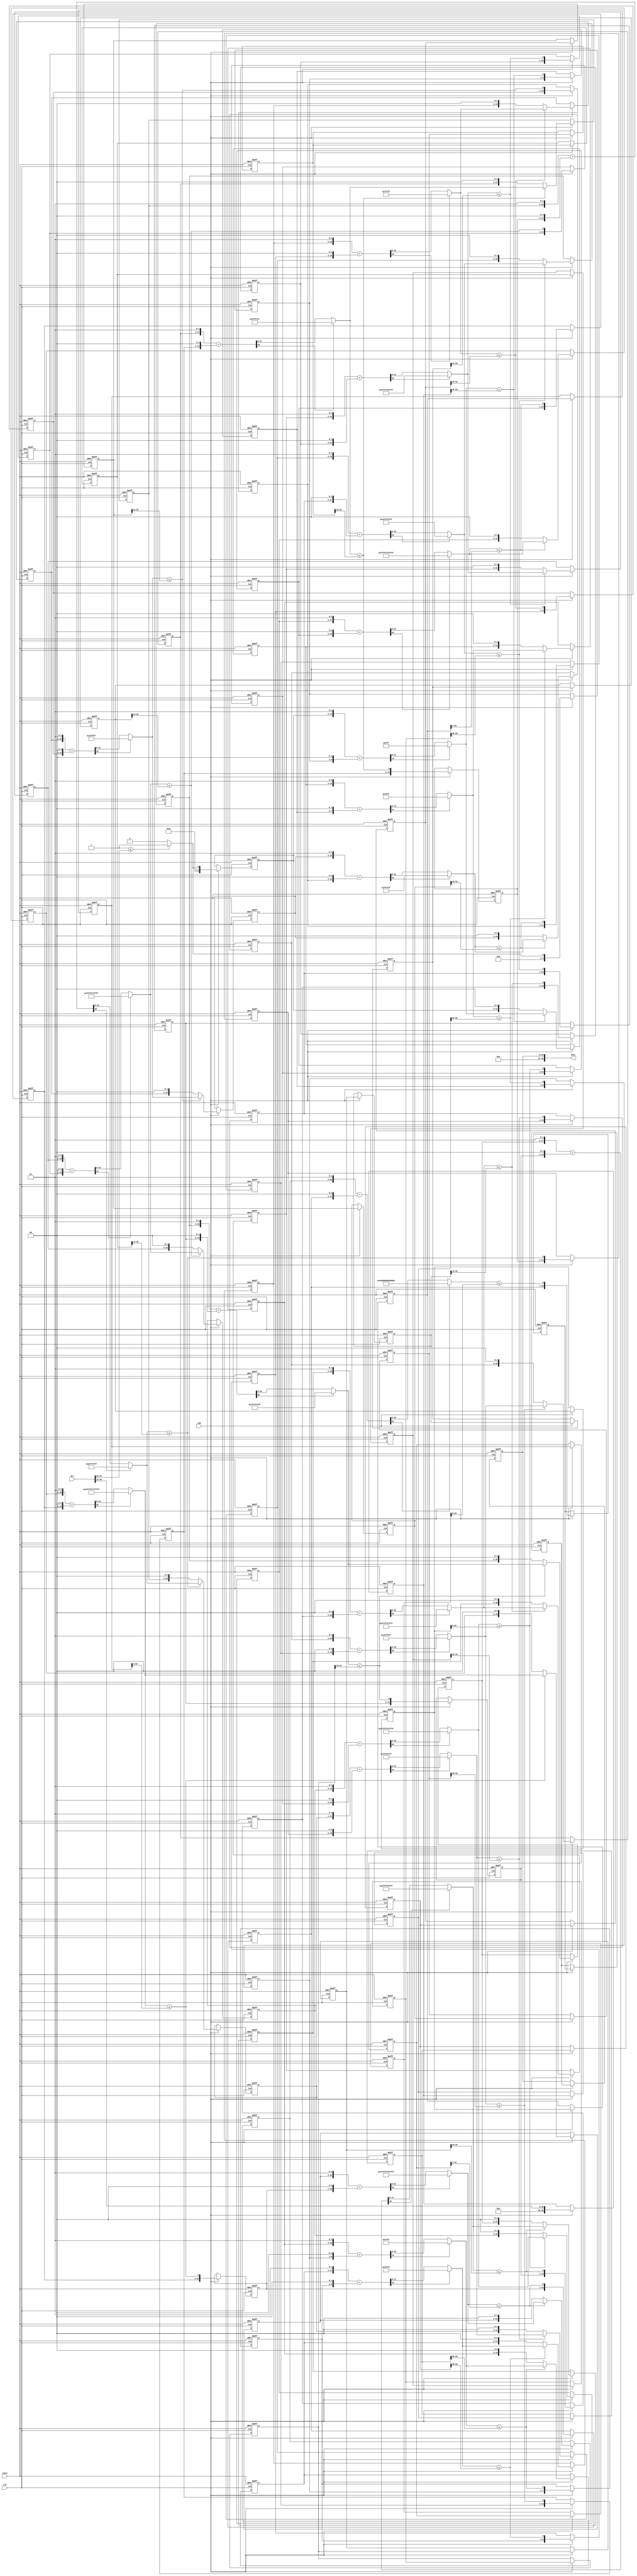
// -------------------------------------------------------------
// 
// 
// Generated by MATLAB 9.12 and HDL Coder 3.20
// 
// -------------------------------------------------------------


// -------------------------------------------------------------
// 
// Module: Sqrt
// Source Path: calk/CALC_MAGNITUDE_AND_PHASE_FIXED/Sqrt
// Hierarchy Level: 1
// 
// -------------------------------------------------------------

`timescale 1 ns / 1 ns

module Sqrt
          (clk,
           reset,
           enb,
           din,
           dout);


  input   clk;
  input   reset;
  input   enb;
  input   [64:0] din;  // ufix65_En55
  output  signed [32:0] dout;  // sfix33_En18


  wire [9:0] Root_Square4_temp1;  // ufix10
  wire [65:0] resizedin;  // ufix66_En36
  wire [65:0] resizedin_temp;  // ufix66
  wire [9:0] din_temp_0;  // ufix10
  wire relop_relop1;
  wire [4:0] root_0_temp0;  // ufix5
  wire [4:0] root_0_temp1;  // ufix5
  wire [4:0] Root_0;  // ufix5
  reg [4:0] currentRoot1_p;  // ufix5
  wire [9:0] Root_Square4_temp0;  // ufix10
  wire [9:0] Root_Square0;  // ufix10
  reg [9:0] currentRoot_Square1_p;  // ufix10
  wire [1:0] constant_01;  // ufix2
  wire [11:0] prevRoot_Square_extend1;  // ufix12
  wire [1:0] constant_01_1;  // ufix2
  wire [6:0] prevRoot_extend1;  // ufix7
  wire [12:0] adder_add_temp;  // ufix13
  wire [12:0] adder_1;  // ufix13
  wire [12:0] adder_2;  // ufix13
  wire [11:0] Root_Square5_temp1;  // ufix12
  reg [65:0] resizedin1_p;  // ufix66
  wire [11:0] din_temp_1;  // ufix12
  wire relop_relop1_1;
  wire [5:0] Root_1;  // ufix6
  reg [5:0] currentRoot2_p;  // ufix6
  wire [11:0] Root_Square5_temp0;  // ufix12
  wire [11:0] Root_Square1;  // ufix12
  reg [11:0] currentRoot_Square2_p;  // ufix12
  wire [1:0] constant_02;  // ufix2
  wire [13:0] prevRoot_Square_extend2;  // ufix14
  wire [1:0] constant_02_1;  // ufix2
  wire [7:0] prevRoot_extend2;  // ufix8
  wire [14:0] adder_add_temp_1;  // ufix15
  wire [14:0] adder_4;  // ufix15
  wire [14:0] adder_5;  // ufix15
  wire [13:0] Root_Square6_temp1;  // ufix14
  reg [65:0] resizedin2_p;  // ufix66
  wire [13:0] din_temp_2;  // ufix14
  wire relop_relop1_2;
  wire [6:0] Root_2;  // ufix7
  reg [6:0] currentRoot3_p;  // ufix7
  wire [13:0] Root_Square6_temp0;  // ufix14
  wire [13:0] Root_Square2;  // ufix14
  reg [13:0] currentRoot_Square3_p;  // ufix14
  wire [1:0] constant_03;  // ufix2
  wire [15:0] prevRoot_Square_extend3;  // ufix16
  wire [1:0] constant_03_1;  // ufix2
  wire [8:0] prevRoot_extend3;  // ufix9
  wire [16:0] adder_add_temp_2;  // ufix17
  wire [16:0] adder_7;  // ufix17
  wire [16:0] adder_8;  // ufix17
  wire [15:0] Root_Square7_temp1;  // ufix16
  reg [65:0] resizedin3_p;  // ufix66
  wire [15:0] din_temp_3;  // ufix16
  wire relop_relop1_3;
  wire [7:0] Root_3;  // ufix8
  reg [7:0] currentRoot4_p;  // ufix8
  wire [15:0] Root_Square7_temp0;  // ufix16
  wire [15:0] Root_Square3;  // ufix16
  reg [15:0] currentRoot_Square4_p;  // ufix16
  wire [1:0] constant_04;  // ufix2
  wire [17:0] prevRoot_Square_extend4;  // ufix18
  wire [1:0] constant_04_1;  // ufix2
  wire [9:0] prevRoot_extend4;  // ufix10
  wire [18:0] adder_add_temp_3;  // ufix19
  wire [18:0] adder_10;  // ufix19
  wire [18:0] adder_11;  // ufix19
  wire [17:0] Root_Square8_temp1;  // ufix18
  reg [65:0] resizedin4_p;  // ufix66
  wire [17:0] din_temp_4;  // ufix18
  wire relop_relop1_4;
  wire [8:0] Root_4;  // ufix9
  reg [8:0] currentRoot5_p;  // ufix9
  wire [17:0] Root_Square8_temp0;  // ufix18
  wire [17:0] Root_Square4;  // ufix18
  reg [17:0] currentRoot_Square5_p;  // ufix18
  wire [1:0] constant_05;  // ufix2
  wire [19:0] prevRoot_Square_extend5;  // ufix20
  wire [1:0] constant_05_1;  // ufix2
  wire [10:0] prevRoot_extend5;  // ufix11
  wire [20:0] adder_add_temp_4;  // ufix21
  wire [20:0] adder_13;  // ufix21
  wire [20:0] adder_14;  // ufix21
  wire [19:0] Root_Square9_temp1;  // ufix20
  reg [65:0] resizedin5_p;  // ufix66
  wire [19:0] din_temp_5;  // ufix20
  wire relop_relop1_5;
  wire [9:0] Root_5;  // ufix10
  reg [9:0] currentRoot6_p;  // ufix10
  wire [19:0] Root_Square9_temp0;  // ufix20
  wire [19:0] Root_Square5;  // ufix20
  reg [19:0] currentRoot_Square6_p;  // ufix20
  wire [1:0] constant_06;  // ufix2
  wire [21:0] prevRoot_Square_extend6;  // ufix22
  wire [1:0] constant_06_1;  // ufix2
  wire [11:0] prevRoot_extend6;  // ufix12
  wire [22:0] adder_add_temp_5;  // ufix23
  wire [22:0] adder_16;  // ufix23
  wire [22:0] adder_17;  // ufix23
  wire [21:0] Root_Square10_temp1;  // ufix22
  reg [65:0] resizedin6_p;  // ufix66
  wire [21:0] din_temp_6;  // ufix22
  wire relop_relop1_6;
  wire [10:0] Root_6;  // ufix11
  reg [10:0] currentRoot7_p;  // ufix11
  wire [21:0] Root_Square10_temp0;  // ufix22
  wire [21:0] Root_Square6;  // ufix22
  reg [21:0] currentRoot_Square7_p;  // ufix22
  wire [1:0] constant_07;  // ufix2
  wire [23:0] prevRoot_Square_extend7;  // ufix24
  wire [1:0] constant_07_1;  // ufix2
  wire [12:0] prevRoot_extend7;  // ufix13
  wire [24:0] adder_add_temp_6;  // ufix25
  wire [24:0] adder_19;  // ufix25
  wire [24:0] adder_20;  // ufix25
  wire [23:0] Root_Square11_temp1;  // ufix24
  reg [65:0] resizedin7_p;  // ufix66
  wire [23:0] din_temp_7;  // ufix24
  wire relop_relop1_7;
  wire [11:0] Root_7;  // ufix12
  reg [11:0] currentRoot8_p;  // ufix12
  wire [23:0] Root_Square11_temp0;  // ufix24
  wire [23:0] Root_Square7;  // ufix24
  reg [23:0] currentRoot_Square8_p;  // ufix24
  wire [1:0] constant_08;  // ufix2
  wire [25:0] prevRoot_Square_extend8;  // ufix26
  wire [1:0] constant_08_1;  // ufix2
  wire [13:0] prevRoot_extend8;  // ufix14
  wire [26:0] adder_add_temp_7;  // ufix27
  wire [26:0] adder_22;  // ufix27
  wire [26:0] adder_23;  // ufix27
  wire [25:0] Root_Square12_temp1;  // ufix26
  reg [65:0] resizedin8_p;  // ufix66
  wire [25:0] din_temp_8;  // ufix26
  wire relop_relop1_8;
  wire [12:0] Root_8;  // ufix13
  reg [12:0] currentRoot9_p;  // ufix13
  wire [25:0] Root_Square12_temp0;  // ufix26
  wire [25:0] Root_Square8;  // ufix26
  reg [25:0] currentRoot_Square9_p;  // ufix26
  wire [1:0] constant_09;  // ufix2
  wire [27:0] prevRoot_Square_extend9;  // ufix28
  wire [1:0] constant_09_1;  // ufix2
  wire [14:0] prevRoot_extend9;  // ufix15
  wire [28:0] adder_add_temp_8;  // ufix29
  wire [28:0] adder_25;  // ufix29
  wire [28:0] adder_26;  // ufix29
  wire [27:0] Root_Square13_temp1;  // ufix28
  reg [65:0] resizedin9_p;  // ufix66
  wire [27:0] din_temp_9;  // ufix28
  wire relop_relop1_9;
  wire [13:0] Root_9;  // ufix14
  reg [13:0] currentRoot10_p;  // ufix14
  wire [27:0] Root_Square13_temp0;  // ufix28
  wire [27:0] Root_Square9;  // ufix28
  reg [27:0] currentRoot_Square10_p;  // ufix28
  wire [1:0] constant_010;  // ufix2
  wire [29:0] prevRoot_Square_extend10;  // ufix30
  wire [1:0] constant_010_1;  // ufix2
  wire [15:0] prevRoot_extend10;  // ufix16
  wire [30:0] adder_add_temp_9;  // ufix31
  wire [30:0] adder_28;  // ufix31
  wire [30:0] adder_29;  // ufix31
  wire [29:0] Root_Square14_temp1;  // ufix30
  reg [65:0] resizedin10_p;  // ufix66
  wire [29:0] din_temp_10;  // ufix30
  wire relop_relop1_10;
  wire [14:0] Root_10;  // ufix15
  reg [14:0] currentRoot11_p;  // ufix15
  wire [29:0] Root_Square14_temp0;  // ufix30
  wire [29:0] Root_Square10;  // ufix30
  reg [29:0] currentRoot_Square11_p;  // ufix30
  wire [1:0] constant_011;  // ufix2
  wire [31:0] prevRoot_Square_extend11;  // ufix32
  wire [1:0] constant_011_1;  // ufix2
  wire [16:0] prevRoot_extend11;  // ufix17
  wire [32:0] adder_add_temp_10;  // ufix33
  wire [32:0] adder_31;  // ufix33
  wire [32:0] adder_32;  // ufix33
  wire [31:0] Root_Square15_temp1;  // ufix32
  reg [65:0] resizedin11_p;  // ufix66
  wire [31:0] din_temp_11;  // ufix32
  wire relop_relop1_11;
  wire [15:0] Root_11;  // ufix16
  reg [15:0] currentRoot12_p;  // ufix16
  wire [31:0] Root_Square15_temp0;  // ufix32
  wire [31:0] Root_Square11;  // ufix32
  reg [31:0] currentRoot_Square12_p;  // ufix32
  wire [1:0] constant_012;  // ufix2
  wire [33:0] prevRoot_Square_extend12;  // ufix34
  wire [1:0] constant_012_1;  // ufix2
  wire [17:0] prevRoot_extend12;  // ufix18
  wire [34:0] adder_add_temp_11;  // ufix35
  wire [34:0] adder_34;  // ufix35
  wire [34:0] adder_35;  // ufix35
  wire [33:0] Root_Square16_temp1;  // ufix34
  reg [65:0] resizedin12_p;  // ufix66
  wire [33:0] din_temp_12;  // ufix34
  wire relop_relop1_12;
  wire [16:0] Root_12;  // ufix17
  reg [16:0] currentRoot13_p;  // ufix17
  wire [33:0] Root_Square16_temp0;  // ufix34
  wire [33:0] Root_Square12;  // ufix34
  reg [33:0] currentRoot_Square13_p;  // ufix34
  wire [1:0] constant_013;  // ufix2
  wire [35:0] prevRoot_Square_extend13;  // ufix36
  wire [1:0] constant_013_1;  // ufix2
  wire [18:0] prevRoot_extend13;  // ufix19
  wire [36:0] adder_add_temp_12;  // ufix37
  wire [36:0] adder_37;  // ufix37
  wire [36:0] adder_38;  // ufix37
  wire [35:0] Root_Square17_temp1;  // ufix36
  reg [65:0] resizedin13_p;  // ufix66
  wire [35:0] din_temp_13;  // ufix36
  wire relop_relop1_13;
  wire [17:0] Root_13;  // ufix18
  reg [17:0] currentRoot14_p;  // ufix18
  wire [35:0] Root_Square17_temp0;  // ufix36
  wire [35:0] Root_Square13;  // ufix36
  reg [35:0] currentRoot_Square14_p;  // ufix36
  wire [1:0] constant_014;  // ufix2
  wire [37:0] prevRoot_Square_extend14;  // ufix38
  wire [1:0] constant_014_1;  // ufix2
  wire [19:0] prevRoot_extend14;  // ufix20
  wire [38:0] adder_add_temp_13;  // ufix39
  wire [38:0] adder_40;  // ufix39
  wire [38:0] adder_41;  // ufix39
  wire [37:0] Root_Square18_temp1;  // ufix38
  reg [65:0] resizedin14_p;  // ufix66
  wire [37:0] din_temp_14;  // ufix38
  wire relop_relop1_14;
  wire [18:0] Root_14;  // ufix19
  reg [18:0] currentRoot15_p;  // ufix19
  wire [37:0] Root_Square18_temp0;  // ufix38
  wire [37:0] Root_Square14;  // ufix38
  reg [37:0] currentRoot_Square15_p;  // ufix38
  wire [1:0] constant_015;  // ufix2
  wire [39:0] prevRoot_Square_extend15;  // ufix40
  wire [1:0] constant_015_1;  // ufix2
  wire [20:0] prevRoot_extend15;  // ufix21
  wire [40:0] adder_add_temp_14;  // ufix41
  wire [40:0] adder_43;  // ufix41
  wire [40:0] adder_44;  // ufix41
  wire [39:0] Root_Square19_temp1;  // ufix40
  reg [65:0] resizedin15_p;  // ufix66
  wire [39:0] din_temp_15;  // ufix40
  wire relop_relop1_15;
  wire [19:0] Root_15;  // ufix20
  reg [19:0] currentRoot16_p;  // ufix20
  wire [39:0] Root_Square19_temp0;  // ufix40
  wire [39:0] Root_Square15;  // ufix40
  reg [39:0] currentRoot_Square16_p;  // ufix40
  wire [1:0] constant_016;  // ufix2
  wire [41:0] prevRoot_Square_extend16;  // ufix42
  wire [1:0] constant_016_1;  // ufix2
  wire [21:0] prevRoot_extend16;  // ufix22
  wire [42:0] adder_add_temp_15;  // ufix43
  wire [42:0] adder_46;  // ufix43
  wire [42:0] adder_47;  // ufix43
  wire [41:0] Root_Square20_temp1;  // ufix42
  reg [65:0] resizedin16_p;  // ufix66
  wire [41:0] din_temp_16;  // ufix42
  wire relop_relop1_16;
  wire [20:0] Root_16;  // ufix21
  reg [20:0] currentRoot17_p;  // ufix21
  wire [41:0] Root_Square20_temp0;  // ufix42
  wire [41:0] Root_Square16;  // ufix42
  reg [41:0] currentRoot_Square17_p;  // ufix42
  wire [1:0] constant_017;  // ufix2
  wire [43:0] prevRoot_Square_extend17;  // ufix44
  wire [1:0] constant_017_1;  // ufix2
  wire [22:0] prevRoot_extend17;  // ufix23
  wire [44:0] adder_add_temp_16;  // ufix45
  wire [44:0] adder_49;  // ufix45
  wire [44:0] adder_50;  // ufix45
  wire [43:0] Root_Square21_temp1;  // ufix44
  reg [65:0] resizedin17_p;  // ufix66
  wire [43:0] din_temp_17;  // ufix44
  wire relop_relop1_17;
  wire [21:0] Root_17;  // ufix22
  reg [21:0] currentRoot18_p;  // ufix22
  wire [43:0] Root_Square21_temp0;  // ufix44
  wire [43:0] Root_Square17;  // ufix44
  reg [43:0] currentRoot_Square18_p;  // ufix44
  wire [1:0] constant_018;  // ufix2
  wire [45:0] prevRoot_Square_extend18;  // ufix46
  wire [1:0] constant_018_1;  // ufix2
  wire [23:0] prevRoot_extend18;  // ufix24
  wire [46:0] adder_add_temp_17;  // ufix47
  wire [46:0] adder_52;  // ufix47
  wire [46:0] adder_53;  // ufix47
  wire [45:0] Root_Square22_temp1;  // ufix46
  reg [65:0] resizedin18_p;  // ufix66
  wire [45:0] din_temp_18;  // ufix46
  wire relop_relop1_18;
  wire [22:0] Root_18;  // ufix23
  reg [22:0] currentRoot19_p;  // ufix23
  wire [45:0] Root_Square22_temp0;  // ufix46
  wire [45:0] Root_Square18;  // ufix46
  reg [45:0] currentRoot_Square19_p;  // ufix46
  wire [1:0] constant_019;  // ufix2
  wire [47:0] prevRoot_Square_extend19;  // ufix48
  wire [1:0] constant_019_1;  // ufix2
  wire [24:0] prevRoot_extend19;  // ufix25
  wire [48:0] adder_add_temp_18;  // ufix49
  wire [48:0] adder_55;  // ufix49
  wire [48:0] adder_56;  // ufix49
  wire [47:0] Root_Square23_temp1;  // ufix48
  reg [65:0] resizedin19_p;  // ufix66
  wire [47:0] din_temp_19;  // ufix48
  wire relop_relop1_19;
  wire [23:0] Root_19;  // ufix24
  reg [23:0] currentRoot20_p;  // ufix24
  wire [47:0] Root_Square23_temp0;  // ufix48
  wire [47:0] Root_Square19;  // ufix48
  reg [47:0] currentRoot_Square20_p;  // ufix48
  wire [1:0] constant_020;  // ufix2
  wire [49:0] prevRoot_Square_extend20;  // ufix50
  wire [1:0] constant_020_1;  // ufix2
  wire [25:0] prevRoot_extend20;  // ufix26
  wire [50:0] adder_add_temp_19;  // ufix51
  wire [50:0] adder_58;  // ufix51
  wire [50:0] adder_59;  // ufix51
  wire [49:0] Root_Square24_temp1;  // ufix50
  reg [65:0] resizedin20_p;  // ufix66
  wire [49:0] din_temp_20;  // ufix50
  wire relop_relop1_20;
  wire [24:0] Root_20;  // ufix25
  reg [24:0] currentRoot21_p;  // ufix25
  wire [49:0] Root_Square24_temp0;  // ufix50
  wire [49:0] Root_Square20;  // ufix50
  reg [49:0] currentRoot_Square21_p;  // ufix50
  wire [1:0] constant_021;  // ufix2
  wire [51:0] prevRoot_Square_extend21;  // ufix52
  wire [1:0] constant_021_1;  // ufix2
  wire [26:0] prevRoot_extend21;  // ufix27
  wire [52:0] adder_add_temp_20;  // ufix53
  wire [52:0] adder_61;  // ufix53
  wire [52:0] adder_62;  // ufix53
  wire [51:0] Root_Square25_temp1;  // ufix52
  reg [65:0] resizedin21_p;  // ufix66
  wire [51:0] din_temp_21;  // ufix52
  wire relop_relop1_21;
  wire [25:0] Root_21;  // ufix26
  reg [25:0] currentRoot22_p;  // ufix26
  wire [51:0] Root_Square25_temp0;  // ufix52
  wire [51:0] Root_Square21;  // ufix52
  reg [51:0] currentRoot_Square22_p;  // ufix52
  wire [1:0] constant_022;  // ufix2
  wire [53:0] prevRoot_Square_extend22;  // ufix54
  wire [1:0] constant_022_1;  // ufix2
  wire [27:0] prevRoot_extend22;  // ufix28
  wire [54:0] adder_add_temp_21;  // ufix55
  wire [54:0] adder_64;  // ufix55
  wire [54:0] adder_65;  // ufix55
  wire [53:0] Root_Square26_temp1;  // ufix54
  reg [65:0] resizedin22_p;  // ufix66
  wire [53:0] din_temp_22;  // ufix54
  wire relop_relop1_22;
  wire [26:0] Root_22;  // ufix27
  reg [26:0] currentRoot23_p;  // ufix27
  reg [26:0] prevRoot_p2_reg [0:1];  // ufix27 [2]
  wire [26:0] prevRoot_p2_reg_next [0:1];  // ufix27 [2]
  wire [26:0] prevRoot_p_2;  // ufix27
  wire signed [32:0] outdata_1;  // sfix33_En18

  // Sqrt Implementation using Shift


  assign Root_Square4_temp1 = 10'b0000000001;



  assign resizedin = {20'b0, din[64:19]};



  assign resizedin_temp = resizedin;



  assign din_temp_0 = resizedin_temp[53:44];



  assign relop_relop1 = Root_Square4_temp1 <= din_temp_0;



  assign root_0_temp0 = 5'b00000;



  assign root_0_temp1 = 5'b00001;



  assign Root_0 = (relop_relop1 == 1'b0 ? root_0_temp0 :
              root_0_temp1);



  always @(posedge clk or posedge reset)
    begin : root_reg_process
      if (reset == 1'b1) begin
        currentRoot1_p <= 5'b00000;
      end
      else begin
        if (enb) begin
          currentRoot1_p <= Root_0;
        end
      end
    end



  assign Root_Square4_temp0 = 10'b0000000000;



  assign Root_Square0 = (relop_relop1 == 1'b0 ? Root_Square4_temp0 :
              Root_Square4_temp1);



  always @(posedge clk or posedge reset)
    begin : root_sq_p_reg_process
      if (reset == 1'b1) begin
        currentRoot_Square1_p <= 10'b0000000000;
      end
      else begin
        if (enb) begin
          currentRoot_Square1_p <= Root_Square0;
        end
      end
    end



  assign constant_01 = 2'b01;



  assign prevRoot_Square_extend1 = {currentRoot_Square1_p, constant_01};



  assign constant_01_1 = 2'b00;



  assign prevRoot_extend1 = {currentRoot1_p, constant_01_1};



  assign adder_1 = {1'b0, prevRoot_Square_extend1};
  assign adder_2 = {6'b0, prevRoot_extend1};
  assign adder_add_temp = adder_1 + adder_2;
  assign Root_Square5_temp1 = (adder_add_temp[12] != 1'b0 ? 12'b111111111111 :
              adder_add_temp[11:0]);



  always @(posedge clk or posedge reset)
    begin : resizedin_reg_process
      if (reset == 1'b1) begin
        resizedin1_p <= 66'h00000000000000000;
      end
      else begin
        if (enb) begin
          resizedin1_p <= resizedin_temp;
        end
      end
    end



  assign din_temp_1 = resizedin1_p[53:42];



  assign relop_relop1_1 = Root_Square5_temp1 <= din_temp_1;



  assign Root_1 = {currentRoot1_p, relop_relop1_1};



  always @(posedge clk or posedge reset)
    begin : root_reg_1_process
      if (reset == 1'b1) begin
        currentRoot2_p <= 6'b000000;
      end
      else begin
        if (enb) begin
          currentRoot2_p <= Root_1;
        end
      end
    end



  assign Root_Square5_temp0 = {currentRoot_Square1_p, constant_01_1};



  assign Root_Square1 = (relop_relop1_1 == 1'b0 ? Root_Square5_temp0 :
              Root_Square5_temp1);



  always @(posedge clk or posedge reset)
    begin : root_sq_p_reg_1_process
      if (reset == 1'b1) begin
        currentRoot_Square2_p <= 12'b000000000000;
      end
      else begin
        if (enb) begin
          currentRoot_Square2_p <= Root_Square1;
        end
      end
    end



  assign constant_02 = 2'b01;



  assign prevRoot_Square_extend2 = {currentRoot_Square2_p, constant_02};



  assign constant_02_1 = 2'b00;



  assign prevRoot_extend2 = {currentRoot2_p, constant_02_1};



  assign adder_4 = {1'b0, prevRoot_Square_extend2};
  assign adder_5 = {7'b0, prevRoot_extend2};
  assign adder_add_temp_1 = adder_4 + adder_5;
  assign Root_Square6_temp1 = (adder_add_temp_1[14] != 1'b0 ? 14'b11111111111111 :
              adder_add_temp_1[13:0]);



  always @(posedge clk or posedge reset)
    begin : resizedin_reg_1_process
      if (reset == 1'b1) begin
        resizedin2_p <= 66'h00000000000000000;
      end
      else begin
        if (enb) begin
          resizedin2_p <= resizedin1_p;
        end
      end
    end



  assign din_temp_2 = resizedin2_p[53:40];



  assign relop_relop1_2 = Root_Square6_temp1 <= din_temp_2;



  assign Root_2 = {currentRoot2_p, relop_relop1_2};



  always @(posedge clk or posedge reset)
    begin : root_reg_2_process
      if (reset == 1'b1) begin
        currentRoot3_p <= 7'b0000000;
      end
      else begin
        if (enb) begin
          currentRoot3_p <= Root_2;
        end
      end
    end



  assign Root_Square6_temp0 = {currentRoot_Square2_p, constant_02_1};



  assign Root_Square2 = (relop_relop1_2 == 1'b0 ? Root_Square6_temp0 :
              Root_Square6_temp1);



  always @(posedge clk or posedge reset)
    begin : root_sq_p_reg_2_process
      if (reset == 1'b1) begin
        currentRoot_Square3_p <= 14'b00000000000000;
      end
      else begin
        if (enb) begin
          currentRoot_Square3_p <= Root_Square2;
        end
      end
    end



  assign constant_03 = 2'b01;



  assign prevRoot_Square_extend3 = {currentRoot_Square3_p, constant_03};



  assign constant_03_1 = 2'b00;



  assign prevRoot_extend3 = {currentRoot3_p, constant_03_1};



  assign adder_7 = {1'b0, prevRoot_Square_extend3};
  assign adder_8 = {8'b0, prevRoot_extend3};
  assign adder_add_temp_2 = adder_7 + adder_8;
  assign Root_Square7_temp1 = (adder_add_temp_2[16] != 1'b0 ? 16'b1111111111111111 :
              adder_add_temp_2[15:0]);



  always @(posedge clk or posedge reset)
    begin : resizedin_reg_2_process
      if (reset == 1'b1) begin
        resizedin3_p <= 66'h00000000000000000;
      end
      else begin
        if (enb) begin
          resizedin3_p <= resizedin2_p;
        end
      end
    end



  assign din_temp_3 = resizedin3_p[53:38];



  assign relop_relop1_3 = Root_Square7_temp1 <= din_temp_3;



  assign Root_3 = {currentRoot3_p, relop_relop1_3};



  always @(posedge clk or posedge reset)
    begin : root_reg_3_process
      if (reset == 1'b1) begin
        currentRoot4_p <= 8'b00000000;
      end
      else begin
        if (enb) begin
          currentRoot4_p <= Root_3;
        end
      end
    end



  assign Root_Square7_temp0 = {currentRoot_Square3_p, constant_03_1};



  assign Root_Square3 = (relop_relop1_3 == 1'b0 ? Root_Square7_temp0 :
              Root_Square7_temp1);



  always @(posedge clk or posedge reset)
    begin : root_sq_p_reg_3_process
      if (reset == 1'b1) begin
        currentRoot_Square4_p <= 16'b0000000000000000;
      end
      else begin
        if (enb) begin
          currentRoot_Square4_p <= Root_Square3;
        end
      end
    end



  assign constant_04 = 2'b01;



  assign prevRoot_Square_extend4 = {currentRoot_Square4_p, constant_04};



  assign constant_04_1 = 2'b00;



  assign prevRoot_extend4 = {currentRoot4_p, constant_04_1};



  assign adder_10 = {1'b0, prevRoot_Square_extend4};
  assign adder_11 = {9'b0, prevRoot_extend4};
  assign adder_add_temp_3 = adder_10 + adder_11;
  assign Root_Square8_temp1 = (adder_add_temp_3[18] != 1'b0 ? 18'b111111111111111111 :
              adder_add_temp_3[17:0]);



  always @(posedge clk or posedge reset)
    begin : resizedin_reg_3_process
      if (reset == 1'b1) begin
        resizedin4_p <= 66'h00000000000000000;
      end
      else begin
        if (enb) begin
          resizedin4_p <= resizedin3_p;
        end
      end
    end



  assign din_temp_4 = resizedin4_p[53:36];



  assign relop_relop1_4 = Root_Square8_temp1 <= din_temp_4;



  assign Root_4 = {currentRoot4_p, relop_relop1_4};



  always @(posedge clk or posedge reset)
    begin : root_reg_4_process
      if (reset == 1'b1) begin
        currentRoot5_p <= 9'b000000000;
      end
      else begin
        if (enb) begin
          currentRoot5_p <= Root_4;
        end
      end
    end



  assign Root_Square8_temp0 = {currentRoot_Square4_p, constant_04_1};



  assign Root_Square4 = (relop_relop1_4 == 1'b0 ? Root_Square8_temp0 :
              Root_Square8_temp1);



  always @(posedge clk or posedge reset)
    begin : root_sq_p_reg_4_process
      if (reset == 1'b1) begin
        currentRoot_Square5_p <= 18'b000000000000000000;
      end
      else begin
        if (enb) begin
          currentRoot_Square5_p <= Root_Square4;
        end
      end
    end



  assign constant_05 = 2'b01;



  assign prevRoot_Square_extend5 = {currentRoot_Square5_p, constant_05};



  assign constant_05_1 = 2'b00;



  assign prevRoot_extend5 = {currentRoot5_p, constant_05_1};



  assign adder_13 = {1'b0, prevRoot_Square_extend5};
  assign adder_14 = {10'b0, prevRoot_extend5};
  assign adder_add_temp_4 = adder_13 + adder_14;
  assign Root_Square9_temp1 = (adder_add_temp_4[20] != 1'b0 ? 20'b11111111111111111111 :
              adder_add_temp_4[19:0]);



  always @(posedge clk or posedge reset)
    begin : resizedin_reg_4_process
      if (reset == 1'b1) begin
        resizedin5_p <= 66'h00000000000000000;
      end
      else begin
        if (enb) begin
          resizedin5_p <= resizedin4_p;
        end
      end
    end



  assign din_temp_5 = resizedin5_p[53:34];



  assign relop_relop1_5 = Root_Square9_temp1 <= din_temp_5;



  assign Root_5 = {currentRoot5_p, relop_relop1_5};



  always @(posedge clk or posedge reset)
    begin : root_reg_5_process
      if (reset == 1'b1) begin
        currentRoot6_p <= 10'b0000000000;
      end
      else begin
        if (enb) begin
          currentRoot6_p <= Root_5;
        end
      end
    end



  assign Root_Square9_temp0 = {currentRoot_Square5_p, constant_05_1};



  assign Root_Square5 = (relop_relop1_5 == 1'b0 ? Root_Square9_temp0 :
              Root_Square9_temp1);



  always @(posedge clk or posedge reset)
    begin : root_sq_p_reg_5_process
      if (reset == 1'b1) begin
        currentRoot_Square6_p <= 20'b00000000000000000000;
      end
      else begin
        if (enb) begin
          currentRoot_Square6_p <= Root_Square5;
        end
      end
    end



  assign constant_06 = 2'b01;



  assign prevRoot_Square_extend6 = {currentRoot_Square6_p, constant_06};



  assign constant_06_1 = 2'b00;



  assign prevRoot_extend6 = {currentRoot6_p, constant_06_1};



  assign adder_16 = {1'b0, prevRoot_Square_extend6};
  assign adder_17 = {11'b0, prevRoot_extend6};
  assign adder_add_temp_5 = adder_16 + adder_17;
  assign Root_Square10_temp1 = (adder_add_temp_5[22] != 1'b0 ? 22'b1111111111111111111111 :
              adder_add_temp_5[21:0]);



  always @(posedge clk or posedge reset)
    begin : resizedin_reg_5_process
      if (reset == 1'b1) begin
        resizedin6_p <= 66'h00000000000000000;
      end
      else begin
        if (enb) begin
          resizedin6_p <= resizedin5_p;
        end
      end
    end



  assign din_temp_6 = resizedin6_p[53:32];



  assign relop_relop1_6 = Root_Square10_temp1 <= din_temp_6;



  assign Root_6 = {currentRoot6_p, relop_relop1_6};



  always @(posedge clk or posedge reset)
    begin : root_reg_6_process
      if (reset == 1'b1) begin
        currentRoot7_p <= 11'b00000000000;
      end
      else begin
        if (enb) begin
          currentRoot7_p <= Root_6;
        end
      end
    end



  assign Root_Square10_temp0 = {currentRoot_Square6_p, constant_06_1};



  assign Root_Square6 = (relop_relop1_6 == 1'b0 ? Root_Square10_temp0 :
              Root_Square10_temp1);



  always @(posedge clk or posedge reset)
    begin : root_sq_p_reg_6_process
      if (reset == 1'b1) begin
        currentRoot_Square7_p <= 22'b0000000000000000000000;
      end
      else begin
        if (enb) begin
          currentRoot_Square7_p <= Root_Square6;
        end
      end
    end



  assign constant_07 = 2'b01;



  assign prevRoot_Square_extend7 = {currentRoot_Square7_p, constant_07};



  assign constant_07_1 = 2'b00;



  assign prevRoot_extend7 = {currentRoot7_p, constant_07_1};



  assign adder_19 = {1'b0, prevRoot_Square_extend7};
  assign adder_20 = {12'b0, prevRoot_extend7};
  assign adder_add_temp_6 = adder_19 + adder_20;
  assign Root_Square11_temp1 = (adder_add_temp_6[24] != 1'b0 ? 24'b111111111111111111111111 :
              adder_add_temp_6[23:0]);



  always @(posedge clk or posedge reset)
    begin : resizedin_reg_6_process
      if (reset == 1'b1) begin
        resizedin7_p <= 66'h00000000000000000;
      end
      else begin
        if (enb) begin
          resizedin7_p <= resizedin6_p;
        end
      end
    end



  assign din_temp_7 = resizedin7_p[53:30];



  assign relop_relop1_7 = Root_Square11_temp1 <= din_temp_7;



  assign Root_7 = {currentRoot7_p, relop_relop1_7};



  always @(posedge clk or posedge reset)
    begin : root_reg_7_process
      if (reset == 1'b1) begin
        currentRoot8_p <= 12'b000000000000;
      end
      else begin
        if (enb) begin
          currentRoot8_p <= Root_7;
        end
      end
    end



  assign Root_Square11_temp0 = {currentRoot_Square7_p, constant_07_1};



  assign Root_Square7 = (relop_relop1_7 == 1'b0 ? Root_Square11_temp0 :
              Root_Square11_temp1);



  always @(posedge clk or posedge reset)
    begin : root_sq_p_reg_7_process
      if (reset == 1'b1) begin
        currentRoot_Square8_p <= 24'b000000000000000000000000;
      end
      else begin
        if (enb) begin
          currentRoot_Square8_p <= Root_Square7;
        end
      end
    end



  assign constant_08 = 2'b01;



  assign prevRoot_Square_extend8 = {currentRoot_Square8_p, constant_08};



  assign constant_08_1 = 2'b00;



  assign prevRoot_extend8 = {currentRoot8_p, constant_08_1};



  assign adder_22 = {1'b0, prevRoot_Square_extend8};
  assign adder_23 = {13'b0, prevRoot_extend8};
  assign adder_add_temp_7 = adder_22 + adder_23;
  assign Root_Square12_temp1 = (adder_add_temp_7[26] != 1'b0 ? 26'b11111111111111111111111111 :
              adder_add_temp_7[25:0]);



  always @(posedge clk or posedge reset)
    begin : resizedin_reg_7_process
      if (reset == 1'b1) begin
        resizedin8_p <= 66'h00000000000000000;
      end
      else begin
        if (enb) begin
          resizedin8_p <= resizedin7_p;
        end
      end
    end



  assign din_temp_8 = resizedin8_p[53:28];



  assign relop_relop1_8 = Root_Square12_temp1 <= din_temp_8;



  assign Root_8 = {currentRoot8_p, relop_relop1_8};



  always @(posedge clk or posedge reset)
    begin : root_reg_8_process
      if (reset == 1'b1) begin
        currentRoot9_p <= 13'b0000000000000;
      end
      else begin
        if (enb) begin
          currentRoot9_p <= Root_8;
        end
      end
    end



  assign Root_Square12_temp0 = {currentRoot_Square8_p, constant_08_1};



  assign Root_Square8 = (relop_relop1_8 == 1'b0 ? Root_Square12_temp0 :
              Root_Square12_temp1);



  always @(posedge clk or posedge reset)
    begin : root_sq_p_reg_8_process
      if (reset == 1'b1) begin
        currentRoot_Square9_p <= 26'b00000000000000000000000000;
      end
      else begin
        if (enb) begin
          currentRoot_Square9_p <= Root_Square8;
        end
      end
    end



  assign constant_09 = 2'b01;



  assign prevRoot_Square_extend9 = {currentRoot_Square9_p, constant_09};



  assign constant_09_1 = 2'b00;



  assign prevRoot_extend9 = {currentRoot9_p, constant_09_1};



  assign adder_25 = {1'b0, prevRoot_Square_extend9};
  assign adder_26 = {14'b0, prevRoot_extend9};
  assign adder_add_temp_8 = adder_25 + adder_26;
  assign Root_Square13_temp1 = (adder_add_temp_8[28] != 1'b0 ? 28'b1111111111111111111111111111 :
              adder_add_temp_8[27:0]);



  always @(posedge clk or posedge reset)
    begin : resizedin_reg_8_process
      if (reset == 1'b1) begin
        resizedin9_p <= 66'h00000000000000000;
      end
      else begin
        if (enb) begin
          resizedin9_p <= resizedin8_p;
        end
      end
    end



  assign din_temp_9 = resizedin9_p[53:26];



  assign relop_relop1_9 = Root_Square13_temp1 <= din_temp_9;



  assign Root_9 = {currentRoot9_p, relop_relop1_9};



  always @(posedge clk or posedge reset)
    begin : root_reg_9_process
      if (reset == 1'b1) begin
        currentRoot10_p <= 14'b00000000000000;
      end
      else begin
        if (enb) begin
          currentRoot10_p <= Root_9;
        end
      end
    end



  assign Root_Square13_temp0 = {currentRoot_Square9_p, constant_09_1};



  assign Root_Square9 = (relop_relop1_9 == 1'b0 ? Root_Square13_temp0 :
              Root_Square13_temp1);



  always @(posedge clk or posedge reset)
    begin : root_sq_p_reg_9_process
      if (reset == 1'b1) begin
        currentRoot_Square10_p <= 28'b0000000000000000000000000000;
      end
      else begin
        if (enb) begin
          currentRoot_Square10_p <= Root_Square9;
        end
      end
    end



  assign constant_010 = 2'b01;



  assign prevRoot_Square_extend10 = {currentRoot_Square10_p, constant_010};



  assign constant_010_1 = 2'b00;



  assign prevRoot_extend10 = {currentRoot10_p, constant_010_1};



  assign adder_28 = {1'b0, prevRoot_Square_extend10};
  assign adder_29 = {15'b0, prevRoot_extend10};
  assign adder_add_temp_9 = adder_28 + adder_29;
  assign Root_Square14_temp1 = (adder_add_temp_9[30] != 1'b0 ? 30'b111111111111111111111111111111 :
              adder_add_temp_9[29:0]);



  always @(posedge clk or posedge reset)
    begin : resizedin_reg_9_process
      if (reset == 1'b1) begin
        resizedin10_p <= 66'h00000000000000000;
      end
      else begin
        if (enb) begin
          resizedin10_p <= resizedin9_p;
        end
      end
    end



  assign din_temp_10 = resizedin10_p[53:24];



  assign relop_relop1_10 = Root_Square14_temp1 <= din_temp_10;



  assign Root_10 = {currentRoot10_p, relop_relop1_10};



  always @(posedge clk or posedge reset)
    begin : root_reg_10_process
      if (reset == 1'b1) begin
        currentRoot11_p <= 15'b000000000000000;
      end
      else begin
        if (enb) begin
          currentRoot11_p <= Root_10;
        end
      end
    end



  assign Root_Square14_temp0 = {currentRoot_Square10_p, constant_010_1};



  assign Root_Square10 = (relop_relop1_10 == 1'b0 ? Root_Square14_temp0 :
              Root_Square14_temp1);



  always @(posedge clk or posedge reset)
    begin : root_sq_p_reg_10_process
      if (reset == 1'b1) begin
        currentRoot_Square11_p <= 30'b000000000000000000000000000000;
      end
      else begin
        if (enb) begin
          currentRoot_Square11_p <= Root_Square10;
        end
      end
    end



  assign constant_011 = 2'b01;



  assign prevRoot_Square_extend11 = {currentRoot_Square11_p, constant_011};



  assign constant_011_1 = 2'b00;



  assign prevRoot_extend11 = {currentRoot11_p, constant_011_1};



  assign adder_31 = {1'b0, prevRoot_Square_extend11};
  assign adder_32 = {16'b0, prevRoot_extend11};
  assign adder_add_temp_10 = adder_31 + adder_32;
  assign Root_Square15_temp1 = (adder_add_temp_10[32] != 1'b0 ? 32'b11111111111111111111111111111111 :
              adder_add_temp_10[31:0]);



  always @(posedge clk or posedge reset)
    begin : resizedin_reg_10_process
      if (reset == 1'b1) begin
        resizedin11_p <= 66'h00000000000000000;
      end
      else begin
        if (enb) begin
          resizedin11_p <= resizedin10_p;
        end
      end
    end



  assign din_temp_11 = resizedin11_p[53:22];



  assign relop_relop1_11 = Root_Square15_temp1 <= din_temp_11;



  assign Root_11 = {currentRoot11_p, relop_relop1_11};



  always @(posedge clk or posedge reset)
    begin : root_reg_11_process
      if (reset == 1'b1) begin
        currentRoot12_p <= 16'b0000000000000000;
      end
      else begin
        if (enb) begin
          currentRoot12_p <= Root_11;
        end
      end
    end



  assign Root_Square15_temp0 = {currentRoot_Square11_p, constant_011_1};



  assign Root_Square11 = (relop_relop1_11 == 1'b0 ? Root_Square15_temp0 :
              Root_Square15_temp1);



  always @(posedge clk or posedge reset)
    begin : root_sq_p_reg_11_process
      if (reset == 1'b1) begin
        currentRoot_Square12_p <= 32'b00000000000000000000000000000000;
      end
      else begin
        if (enb) begin
          currentRoot_Square12_p <= Root_Square11;
        end
      end
    end



  assign constant_012 = 2'b01;



  assign prevRoot_Square_extend12 = {currentRoot_Square12_p, constant_012};



  assign constant_012_1 = 2'b00;



  assign prevRoot_extend12 = {currentRoot12_p, constant_012_1};



  assign adder_34 = {1'b0, prevRoot_Square_extend12};
  assign adder_35 = {17'b0, prevRoot_extend12};
  assign adder_add_temp_11 = adder_34 + adder_35;
  assign Root_Square16_temp1 = (adder_add_temp_11[34] != 1'b0 ? 34'h3FFFFFFFF :
              adder_add_temp_11[33:0]);



  always @(posedge clk or posedge reset)
    begin : resizedin_reg_11_process
      if (reset == 1'b1) begin
        resizedin12_p <= 66'h00000000000000000;
      end
      else begin
        if (enb) begin
          resizedin12_p <= resizedin11_p;
        end
      end
    end



  assign din_temp_12 = resizedin12_p[53:20];



  assign relop_relop1_12 = Root_Square16_temp1 <= din_temp_12;



  assign Root_12 = {currentRoot12_p, relop_relop1_12};



  always @(posedge clk or posedge reset)
    begin : root_reg_12_process
      if (reset == 1'b1) begin
        currentRoot13_p <= 17'b00000000000000000;
      end
      else begin
        if (enb) begin
          currentRoot13_p <= Root_12;
        end
      end
    end



  assign Root_Square16_temp0 = {currentRoot_Square12_p, constant_012_1};



  assign Root_Square12 = (relop_relop1_12 == 1'b0 ? Root_Square16_temp0 :
              Root_Square16_temp1);



  always @(posedge clk or posedge reset)
    begin : root_sq_p_reg_12_process
      if (reset == 1'b1) begin
        currentRoot_Square13_p <= 34'h000000000;
      end
      else begin
        if (enb) begin
          currentRoot_Square13_p <= Root_Square12;
        end
      end
    end



  assign constant_013 = 2'b01;



  assign prevRoot_Square_extend13 = {currentRoot_Square13_p, constant_013};



  assign constant_013_1 = 2'b00;



  assign prevRoot_extend13 = {currentRoot13_p, constant_013_1};



  assign adder_37 = {1'b0, prevRoot_Square_extend13};
  assign adder_38 = {18'b0, prevRoot_extend13};
  assign adder_add_temp_12 = adder_37 + adder_38;
  assign Root_Square17_temp1 = (adder_add_temp_12[36] != 1'b0 ? 36'hFFFFFFFFF :
              adder_add_temp_12[35:0]);



  always @(posedge clk or posedge reset)
    begin : resizedin_reg_12_process
      if (reset == 1'b1) begin
        resizedin13_p <= 66'h00000000000000000;
      end
      else begin
        if (enb) begin
          resizedin13_p <= resizedin12_p;
        end
      end
    end



  assign din_temp_13 = resizedin13_p[53:18];



  assign relop_relop1_13 = Root_Square17_temp1 <= din_temp_13;



  assign Root_13 = {currentRoot13_p, relop_relop1_13};



  always @(posedge clk or posedge reset)
    begin : root_reg_13_process
      if (reset == 1'b1) begin
        currentRoot14_p <= 18'b000000000000000000;
      end
      else begin
        if (enb) begin
          currentRoot14_p <= Root_13;
        end
      end
    end



  assign Root_Square17_temp0 = {currentRoot_Square13_p, constant_013_1};



  assign Root_Square13 = (relop_relop1_13 == 1'b0 ? Root_Square17_temp0 :
              Root_Square17_temp1);



  always @(posedge clk or posedge reset)
    begin : root_sq_p_reg_13_process
      if (reset == 1'b1) begin
        currentRoot_Square14_p <= 36'h000000000;
      end
      else begin
        if (enb) begin
          currentRoot_Square14_p <= Root_Square13;
        end
      end
    end



  assign constant_014 = 2'b01;



  assign prevRoot_Square_extend14 = {currentRoot_Square14_p, constant_014};



  assign constant_014_1 = 2'b00;



  assign prevRoot_extend14 = {currentRoot14_p, constant_014_1};



  assign adder_40 = {1'b0, prevRoot_Square_extend14};
  assign adder_41 = {19'b0, prevRoot_extend14};
  assign adder_add_temp_13 = adder_40 + adder_41;
  assign Root_Square18_temp1 = (adder_add_temp_13[38] != 1'b0 ? 38'h3FFFFFFFFF :
              adder_add_temp_13[37:0]);



  always @(posedge clk or posedge reset)
    begin : resizedin_reg_13_process
      if (reset == 1'b1) begin
        resizedin14_p <= 66'h00000000000000000;
      end
      else begin
        if (enb) begin
          resizedin14_p <= resizedin13_p;
        end
      end
    end



  assign din_temp_14 = resizedin14_p[53:16];



  assign relop_relop1_14 = Root_Square18_temp1 <= din_temp_14;



  assign Root_14 = {currentRoot14_p, relop_relop1_14};



  always @(posedge clk or posedge reset)
    begin : root_reg_14_process
      if (reset == 1'b1) begin
        currentRoot15_p <= 19'b0000000000000000000;
      end
      else begin
        if (enb) begin
          currentRoot15_p <= Root_14;
        end
      end
    end



  assign Root_Square18_temp0 = {currentRoot_Square14_p, constant_014_1};



  assign Root_Square14 = (relop_relop1_14 == 1'b0 ? Root_Square18_temp0 :
              Root_Square18_temp1);



  always @(posedge clk or posedge reset)
    begin : root_sq_p_reg_14_process
      if (reset == 1'b1) begin
        currentRoot_Square15_p <= 38'h0000000000;
      end
      else begin
        if (enb) begin
          currentRoot_Square15_p <= Root_Square14;
        end
      end
    end



  assign constant_015 = 2'b01;



  assign prevRoot_Square_extend15 = {currentRoot_Square15_p, constant_015};



  assign constant_015_1 = 2'b00;



  assign prevRoot_extend15 = {currentRoot15_p, constant_015_1};



  assign adder_43 = {1'b0, prevRoot_Square_extend15};
  assign adder_44 = {20'b0, prevRoot_extend15};
  assign adder_add_temp_14 = adder_43 + adder_44;
  assign Root_Square19_temp1 = (adder_add_temp_14[40] != 1'b0 ? 40'hFFFFFFFFFF :
              adder_add_temp_14[39:0]);



  always @(posedge clk or posedge reset)
    begin : resizedin_reg_14_process
      if (reset == 1'b1) begin
        resizedin15_p <= 66'h00000000000000000;
      end
      else begin
        if (enb) begin
          resizedin15_p <= resizedin14_p;
        end
      end
    end



  assign din_temp_15 = resizedin15_p[53:14];



  assign relop_relop1_15 = Root_Square19_temp1 <= din_temp_15;



  assign Root_15 = {currentRoot15_p, relop_relop1_15};



  always @(posedge clk or posedge reset)
    begin : root_reg_15_process
      if (reset == 1'b1) begin
        currentRoot16_p <= 20'b00000000000000000000;
      end
      else begin
        if (enb) begin
          currentRoot16_p <= Root_15;
        end
      end
    end



  assign Root_Square19_temp0 = {currentRoot_Square15_p, constant_015_1};



  assign Root_Square15 = (relop_relop1_15 == 1'b0 ? Root_Square19_temp0 :
              Root_Square19_temp1);



  always @(posedge clk or posedge reset)
    begin : root_sq_p_reg_15_process
      if (reset == 1'b1) begin
        currentRoot_Square16_p <= 40'h0000000000;
      end
      else begin
        if (enb) begin
          currentRoot_Square16_p <= Root_Square15;
        end
      end
    end



  assign constant_016 = 2'b01;



  assign prevRoot_Square_extend16 = {currentRoot_Square16_p, constant_016};



  assign constant_016_1 = 2'b00;



  assign prevRoot_extend16 = {currentRoot16_p, constant_016_1};



  assign adder_46 = {1'b0, prevRoot_Square_extend16};
  assign adder_47 = {21'b0, prevRoot_extend16};
  assign adder_add_temp_15 = adder_46 + adder_47;
  assign Root_Square20_temp1 = (adder_add_temp_15[42] != 1'b0 ? 42'h3FFFFFFFFFF :
              adder_add_temp_15[41:0]);



  always @(posedge clk or posedge reset)
    begin : resizedin_reg_15_process
      if (reset == 1'b1) begin
        resizedin16_p <= 66'h00000000000000000;
      end
      else begin
        if (enb) begin
          resizedin16_p <= resizedin15_p;
        end
      end
    end



  assign din_temp_16 = resizedin16_p[53:12];



  assign relop_relop1_16 = Root_Square20_temp1 <= din_temp_16;



  assign Root_16 = {currentRoot16_p, relop_relop1_16};



  always @(posedge clk or posedge reset)
    begin : root_reg_16_process
      if (reset == 1'b1) begin
        currentRoot17_p <= 21'b000000000000000000000;
      end
      else begin
        if (enb) begin
          currentRoot17_p <= Root_16;
        end
      end
    end



  assign Root_Square20_temp0 = {currentRoot_Square16_p, constant_016_1};



  assign Root_Square16 = (relop_relop1_16 == 1'b0 ? Root_Square20_temp0 :
              Root_Square20_temp1);



  always @(posedge clk or posedge reset)
    begin : root_sq_p_reg_16_process
      if (reset == 1'b1) begin
        currentRoot_Square17_p <= 42'h00000000000;
      end
      else begin
        if (enb) begin
          currentRoot_Square17_p <= Root_Square16;
        end
      end
    end



  assign constant_017 = 2'b01;



  assign prevRoot_Square_extend17 = {currentRoot_Square17_p, constant_017};



  assign constant_017_1 = 2'b00;



  assign prevRoot_extend17 = {currentRoot17_p, constant_017_1};



  assign adder_49 = {1'b0, prevRoot_Square_extend17};
  assign adder_50 = {22'b0, prevRoot_extend17};
  assign adder_add_temp_16 = adder_49 + adder_50;
  assign Root_Square21_temp1 = (adder_add_temp_16[44] != 1'b0 ? 44'hFFFFFFFFFFF :
              adder_add_temp_16[43:0]);



  always @(posedge clk or posedge reset)
    begin : resizedin_reg_16_process
      if (reset == 1'b1) begin
        resizedin17_p <= 66'h00000000000000000;
      end
      else begin
        if (enb) begin
          resizedin17_p <= resizedin16_p;
        end
      end
    end



  assign din_temp_17 = resizedin17_p[53:10];



  assign relop_relop1_17 = Root_Square21_temp1 <= din_temp_17;



  assign Root_17 = {currentRoot17_p, relop_relop1_17};



  always @(posedge clk or posedge reset)
    begin : root_reg_17_process
      if (reset == 1'b1) begin
        currentRoot18_p <= 22'b0000000000000000000000;
      end
      else begin
        if (enb) begin
          currentRoot18_p <= Root_17;
        end
      end
    end



  assign Root_Square21_temp0 = {currentRoot_Square17_p, constant_017_1};



  assign Root_Square17 = (relop_relop1_17 == 1'b0 ? Root_Square21_temp0 :
              Root_Square21_temp1);



  always @(posedge clk or posedge reset)
    begin : root_sq_p_reg_17_process
      if (reset == 1'b1) begin
        currentRoot_Square18_p <= 44'h00000000000;
      end
      else begin
        if (enb) begin
          currentRoot_Square18_p <= Root_Square17;
        end
      end
    end



  assign constant_018 = 2'b01;



  assign prevRoot_Square_extend18 = {currentRoot_Square18_p, constant_018};



  assign constant_018_1 = 2'b00;



  assign prevRoot_extend18 = {currentRoot18_p, constant_018_1};



  assign adder_52 = {1'b0, prevRoot_Square_extend18};
  assign adder_53 = {23'b0, prevRoot_extend18};
  assign adder_add_temp_17 = adder_52 + adder_53;
  assign Root_Square22_temp1 = (adder_add_temp_17[46] != 1'b0 ? 46'h3FFFFFFFFFFF :
              adder_add_temp_17[45:0]);



  always @(posedge clk or posedge reset)
    begin : resizedin_reg_17_process
      if (reset == 1'b1) begin
        resizedin18_p <= 66'h00000000000000000;
      end
      else begin
        if (enb) begin
          resizedin18_p <= resizedin17_p;
        end
      end
    end



  assign din_temp_18 = resizedin18_p[53:8];



  assign relop_relop1_18 = Root_Square22_temp1 <= din_temp_18;



  assign Root_18 = {currentRoot18_p, relop_relop1_18};



  always @(posedge clk or posedge reset)
    begin : root_reg_18_process
      if (reset == 1'b1) begin
        currentRoot19_p <= 23'b00000000000000000000000;
      end
      else begin
        if (enb) begin
          currentRoot19_p <= Root_18;
        end
      end
    end



  assign Root_Square22_temp0 = {currentRoot_Square18_p, constant_018_1};



  assign Root_Square18 = (relop_relop1_18 == 1'b0 ? Root_Square22_temp0 :
              Root_Square22_temp1);



  always @(posedge clk or posedge reset)
    begin : root_sq_p_reg_18_process
      if (reset == 1'b1) begin
        currentRoot_Square19_p <= 46'h000000000000;
      end
      else begin
        if (enb) begin
          currentRoot_Square19_p <= Root_Square18;
        end
      end
    end



  assign constant_019 = 2'b01;



  assign prevRoot_Square_extend19 = {currentRoot_Square19_p, constant_019};



  assign constant_019_1 = 2'b00;



  assign prevRoot_extend19 = {currentRoot19_p, constant_019_1};



  assign adder_55 = {1'b0, prevRoot_Square_extend19};
  assign adder_56 = {24'b0, prevRoot_extend19};
  assign adder_add_temp_18 = adder_55 + adder_56;
  assign Root_Square23_temp1 = (adder_add_temp_18[48] != 1'b0 ? 48'hFFFFFFFFFFFF :
              adder_add_temp_18[47:0]);



  always @(posedge clk or posedge reset)
    begin : resizedin_reg_18_process
      if (reset == 1'b1) begin
        resizedin19_p <= 66'h00000000000000000;
      end
      else begin
        if (enb) begin
          resizedin19_p <= resizedin18_p;
        end
      end
    end



  assign din_temp_19 = resizedin19_p[53:6];



  assign relop_relop1_19 = Root_Square23_temp1 <= din_temp_19;



  assign Root_19 = {currentRoot19_p, relop_relop1_19};



  always @(posedge clk or posedge reset)
    begin : root_reg_19_process
      if (reset == 1'b1) begin
        currentRoot20_p <= 24'b000000000000000000000000;
      end
      else begin
        if (enb) begin
          currentRoot20_p <= Root_19;
        end
      end
    end



  assign Root_Square23_temp0 = {currentRoot_Square19_p, constant_019_1};



  assign Root_Square19 = (relop_relop1_19 == 1'b0 ? Root_Square23_temp0 :
              Root_Square23_temp1);



  always @(posedge clk or posedge reset)
    begin : root_sq_p_reg_19_process
      if (reset == 1'b1) begin
        currentRoot_Square20_p <= 48'h000000000000;
      end
      else begin
        if (enb) begin
          currentRoot_Square20_p <= Root_Square19;
        end
      end
    end



  assign constant_020 = 2'b01;



  assign prevRoot_Square_extend20 = {currentRoot_Square20_p, constant_020};



  assign constant_020_1 = 2'b00;



  assign prevRoot_extend20 = {currentRoot20_p, constant_020_1};



  assign adder_58 = {1'b0, prevRoot_Square_extend20};
  assign adder_59 = {25'b0, prevRoot_extend20};
  assign adder_add_temp_19 = adder_58 + adder_59;
  assign Root_Square24_temp1 = (adder_add_temp_19[50] != 1'b0 ? 50'h3FFFFFFFFFFFF :
              adder_add_temp_19[49:0]);



  always @(posedge clk or posedge reset)
    begin : resizedin_reg_19_process
      if (reset == 1'b1) begin
        resizedin20_p <= 66'h00000000000000000;
      end
      else begin
        if (enb) begin
          resizedin20_p <= resizedin19_p;
        end
      end
    end



  assign din_temp_20 = resizedin20_p[53:4];



  assign relop_relop1_20 = Root_Square24_temp1 <= din_temp_20;



  assign Root_20 = {currentRoot20_p, relop_relop1_20};



  always @(posedge clk or posedge reset)
    begin : root_reg_20_process
      if (reset == 1'b1) begin
        currentRoot21_p <= 25'b0000000000000000000000000;
      end
      else begin
        if (enb) begin
          currentRoot21_p <= Root_20;
        end
      end
    end



  assign Root_Square24_temp0 = {currentRoot_Square20_p, constant_020_1};



  assign Root_Square20 = (relop_relop1_20 == 1'b0 ? Root_Square24_temp0 :
              Root_Square24_temp1);



  always @(posedge clk or posedge reset)
    begin : root_sq_p_reg_20_process
      if (reset == 1'b1) begin
        currentRoot_Square21_p <= 50'h0000000000000;
      end
      else begin
        if (enb) begin
          currentRoot_Square21_p <= Root_Square20;
        end
      end
    end



  assign constant_021 = 2'b01;



  assign prevRoot_Square_extend21 = {currentRoot_Square21_p, constant_021};



  assign constant_021_1 = 2'b00;



  assign prevRoot_extend21 = {currentRoot21_p, constant_021_1};



  assign adder_61 = {1'b0, prevRoot_Square_extend21};
  assign adder_62 = {26'b0, prevRoot_extend21};
  assign adder_add_temp_20 = adder_61 + adder_62;
  assign Root_Square25_temp1 = (adder_add_temp_20[52] != 1'b0 ? 52'hFFFFFFFFFFFFF :
              adder_add_temp_20[51:0]);



  always @(posedge clk or posedge reset)
    begin : resizedin_reg_20_process
      if (reset == 1'b1) begin
        resizedin21_p <= 66'h00000000000000000;
      end
      else begin
        if (enb) begin
          resizedin21_p <= resizedin20_p;
        end
      end
    end



  assign din_temp_21 = resizedin21_p[53:2];



  assign relop_relop1_21 = Root_Square25_temp1 <= din_temp_21;



  assign Root_21 = {currentRoot21_p, relop_relop1_21};



  always @(posedge clk or posedge reset)
    begin : root_reg_21_process
      if (reset == 1'b1) begin
        currentRoot22_p <= 26'b00000000000000000000000000;
      end
      else begin
        if (enb) begin
          currentRoot22_p <= Root_21;
        end
      end
    end



  assign Root_Square25_temp0 = {currentRoot_Square21_p, constant_021_1};



  assign Root_Square21 = (relop_relop1_21 == 1'b0 ? Root_Square25_temp0 :
              Root_Square25_temp1);



  always @(posedge clk or posedge reset)
    begin : root_sq_p_reg_21_process
      if (reset == 1'b1) begin
        currentRoot_Square22_p <= 52'h0000000000000;
      end
      else begin
        if (enb) begin
          currentRoot_Square22_p <= Root_Square21;
        end
      end
    end



  assign constant_022 = 2'b01;



  assign prevRoot_Square_extend22 = {currentRoot_Square22_p, constant_022};



  assign constant_022_1 = 2'b00;



  assign prevRoot_extend22 = {currentRoot22_p, constant_022_1};



  assign adder_64 = {1'b0, prevRoot_Square_extend22};
  assign adder_65 = {27'b0, prevRoot_extend22};
  assign adder_add_temp_21 = adder_64 + adder_65;
  assign Root_Square26_temp1 = (adder_add_temp_21[54] != 1'b0 ? 54'h3FFFFFFFFFFFFF :
              adder_add_temp_21[53:0]);



  always @(posedge clk or posedge reset)
    begin : resizedin_reg_21_process
      if (reset == 1'b1) begin
        resizedin22_p <= 66'h00000000000000000;
      end
      else begin
        if (enb) begin
          resizedin22_p <= resizedin21_p;
        end
      end
    end



  assign din_temp_22 = resizedin22_p[53:0];



  assign relop_relop1_22 = Root_Square26_temp1 <= din_temp_22;



  assign Root_22 = {currentRoot22_p, relop_relop1_22};



  always @(posedge clk or posedge reset)
    begin : root_reg_22_process
      if (reset == 1'b1) begin
        currentRoot23_p <= 27'b000000000000000000000000000;
      end
      else begin
        if (enb) begin
          currentRoot23_p <= Root_22;
        end
      end
    end



  always @(posedge clk or posedge reset)
    begin : prevRoot_p2_process
      if (reset == 1'b1) begin
        prevRoot_p2_reg[0] <= 27'b000000000000000000000000000;
        prevRoot_p2_reg[1] <= 27'b000000000000000000000000000;
      end
      else begin
        if (enb) begin
          prevRoot_p2_reg[0] <= prevRoot_p2_reg_next[0];
          prevRoot_p2_reg[1] <= prevRoot_p2_reg_next[1];
        end
      end
    end

  assign prevRoot_p_2 = prevRoot_p2_reg[1];
  assign prevRoot_p2_reg_next[0] = currentRoot23_p;
  assign prevRoot_p2_reg_next[1] = prevRoot_p2_reg[0];



  assign outdata_1 = {6'b0, prevRoot_p_2};



  assign dout = outdata_1;

endmodule  // Sqrt